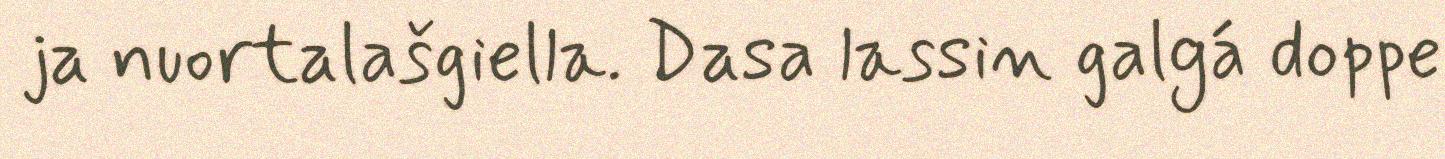
ja nuortalašgiella. Dasa lassin galgá doppe